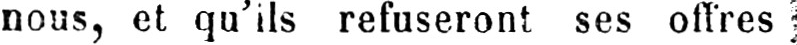
nous, et qu’ils refuseront ses offres